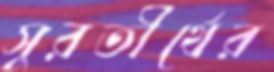
সুরতীর্থের